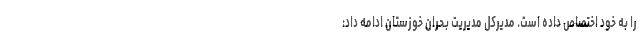
را به خود اختصاص داده است. مدیرکل مدیریت بحران خوزستان ادامه داد: